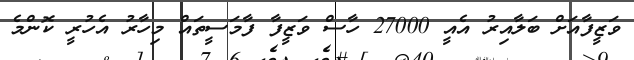
ވަޒީފާއަށް ބަލާއިރު އެއީ 27000 ހާސް ވަޒީފާ ފާމަސީތައް މިހާރު އެހުރީ ކޮންމެ